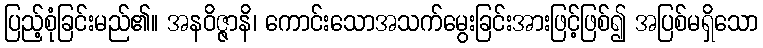
ပြည့်စုံခြင်းမည်၏။ အနဝိဇ္ဇာနိ၊ ကောင်းသောအသက်မွေးခြင်းအားဖြင့်ဖြစ်၍ အပြစ်မရှိသော